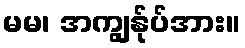
မမ၊ အကျွန်ုပ်အား။